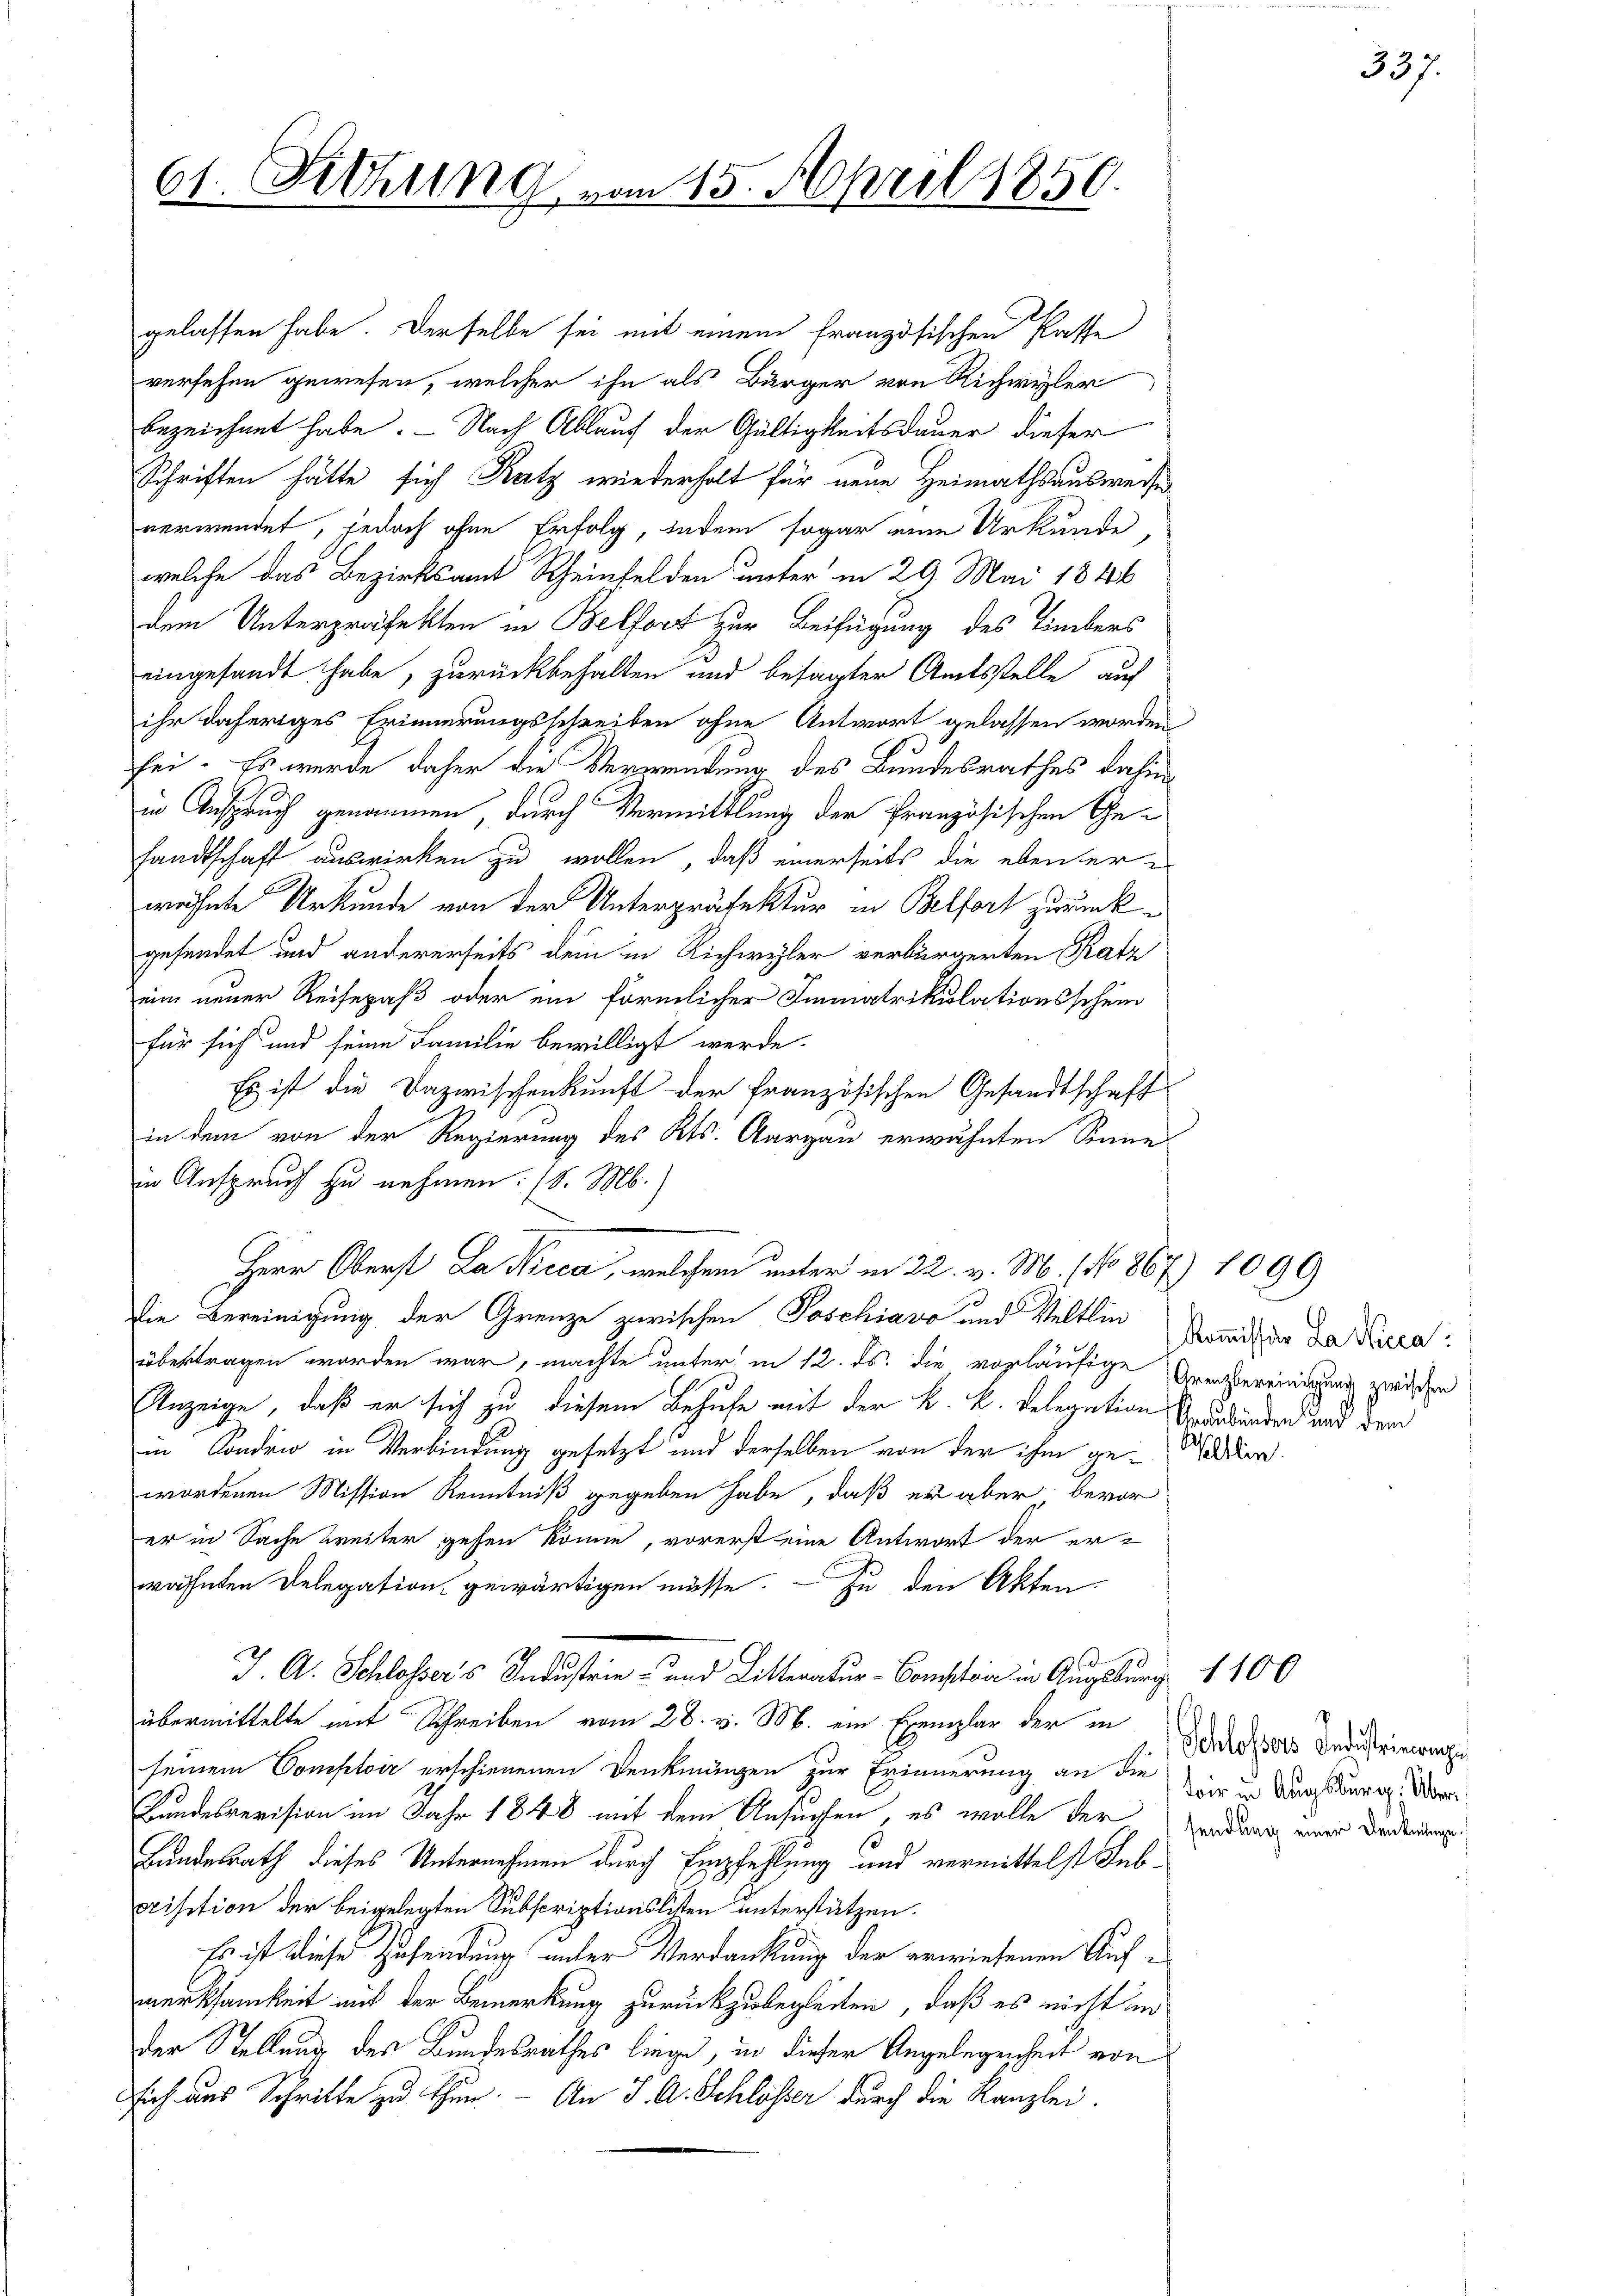
61. Sitzung vom 15. April 1850.

gelassen habe. Derselbe sei mit einem französischen Pässe
versehen gewesen, welcher ihn als Bürger von Richwyler
bezeichnet habe. - Nach Ablauf der Gültigkeitsdauer dieser
Schriften hätte sich Katz wiederholt für neue Heimathsausweise
verwendet, jedoch ohne Erfolg, jedem sogar eine Urkunde,
welche das Bezirksamt Rheinfelden unter in 29. Mai 1846
dem Unterpräfekten in Belfort zur Beifügung des Eimbers
eingesandt habe, zurückbehalten und besagter Amtsstelle auf
ihr daheriges Erinnerungsschreiben ohne Antwort gelassen worden
ei. Es werde daher die Verwendung des Bundesrathes dahin
in Anspruch genommen, durch Vermittlung der Französischen Gesandtschaft auswirken zu wollen, daß einerseits die eben er
wähnte Urkunde von der Unterpräfektur in Belfort zurückgesendet und andererseits dem in Richwyler verbürgerten Ratz
eim neuer Reisepaß oder ein förmlicher Immatrikulationsschein
für sich und seine Familie bewilligt werde.
Es ist die Dazwischenkunft der Französischen Gesandtschaft
in dem von der Regierung des Kts. Aargau erwähnten Sinne
in Anspruch zu nehmen. (l. M.)
Herr Oberst La Nicca, welchem unter in 22. v. M. 1 No 867) 1099
die Bereinigung der Grenze zwischen Poschiavo und Veltlin Bonitur da Nicca
übertragen worden war, machte unter in 12. ds. die vorläufige Arrestereinigung zwischen
Anzeige, daß er sich zu diesem Behufe mit der k. k. Relegation Verbindern und der
in Sonden in Verbindung gesetzt und derselben von der ihm gedien
wordenen Mission Kenntniß gegeben habe, daß es aber bevor
er in Sache weiter gehen könne, vorerst eine Antwort der er-
wähnten Delegation gewärtigen müsse. — Zu den Akten.
J. A. Schlossers Industrie - und Litteratur-Comptoir in Augsburg 1100
übermittelte mit Schreiben vom 28. v. M. ein Exemplar der in
seinem Comptoir erschienenen Denkmängen zur Erinnerung an die Zur Augsburg. Übri
Bundesrevision im Jahr 1848 mit dem Ansuchen, es wolle der Eindung einer Forderung
Bundesrath dieses Unternehmen durch Empfehlung und vermittelst Subprisation der beigelegten Subscriptionslisten unterstützen.
Es ist diese Zusendung unter Verdankung der erwiesenen Aufmerksamkeit mit der Bemerkung zurückzubegleiten, daß es nicht in
der Stellung des Bundesrathes liege, in dieser Angelegenheit von
sich aus Schritte zu thun. - An J. A. Schlösser durch die Kanzlei-

Schlossers Industrierenze

337.